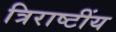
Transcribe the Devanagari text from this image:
त्रिराष्टींय